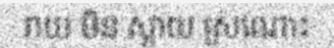
រាយ មិន ស្តាយ ស្រណោះ